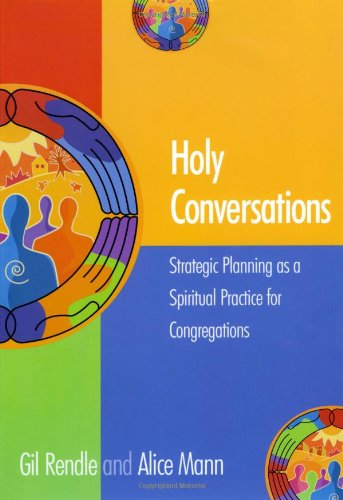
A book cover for Holy Conversations: Strategic Planning as a Spiritual Practice for Congregations; Gil Rendle Senior Consultant; Christian Books & Bibles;